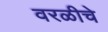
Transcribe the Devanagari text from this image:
वरळीचे